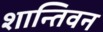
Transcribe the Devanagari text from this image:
शान्तिवन